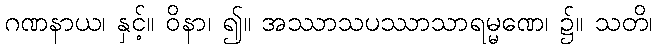
ဂဏနာယ၊ နှင့်။ ဝိနာ၊ ၍။ အဿာသပဿာသာရမ္မဏေ၊ ၌။ သတိ၊